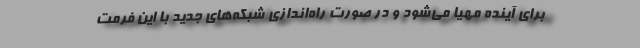
برای آینده مهیا می‌شود و در صورت راه‌اندازی شبکه‌های جدید با این فرمت